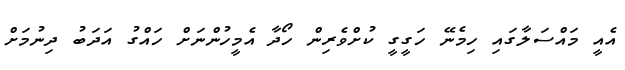
އެއީ މައްސަލާގައި ހިމެނޭ ހަގީގީ ކުށްވެރިން ހޯދާ އެމީހުންނަށް ހައްގު އަދަބު ދިނުމަށް